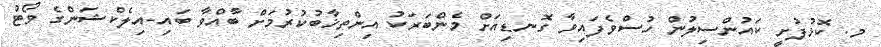
މ. ކޮޅުފުށީ ކައުންސިލުން ހުސްވެފައިވާ ގޮނޑިއަށް މެންބަރަކު އިންތިޚާބުކުރުމަށް ބާއްވާ ބައި-އިލެކްޝަންގެ ވޯޓު